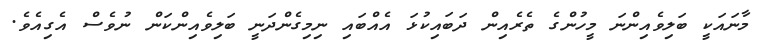
މާނައަކީ ބަލިވެއިންނަ މީހުންގެ ތެރެއިން ދަބައިކުޅަ އެއްބައި ނިމިގެންދަނީ ބަލިވެއިންކަން ނުވެސް އެގިއެވެ.